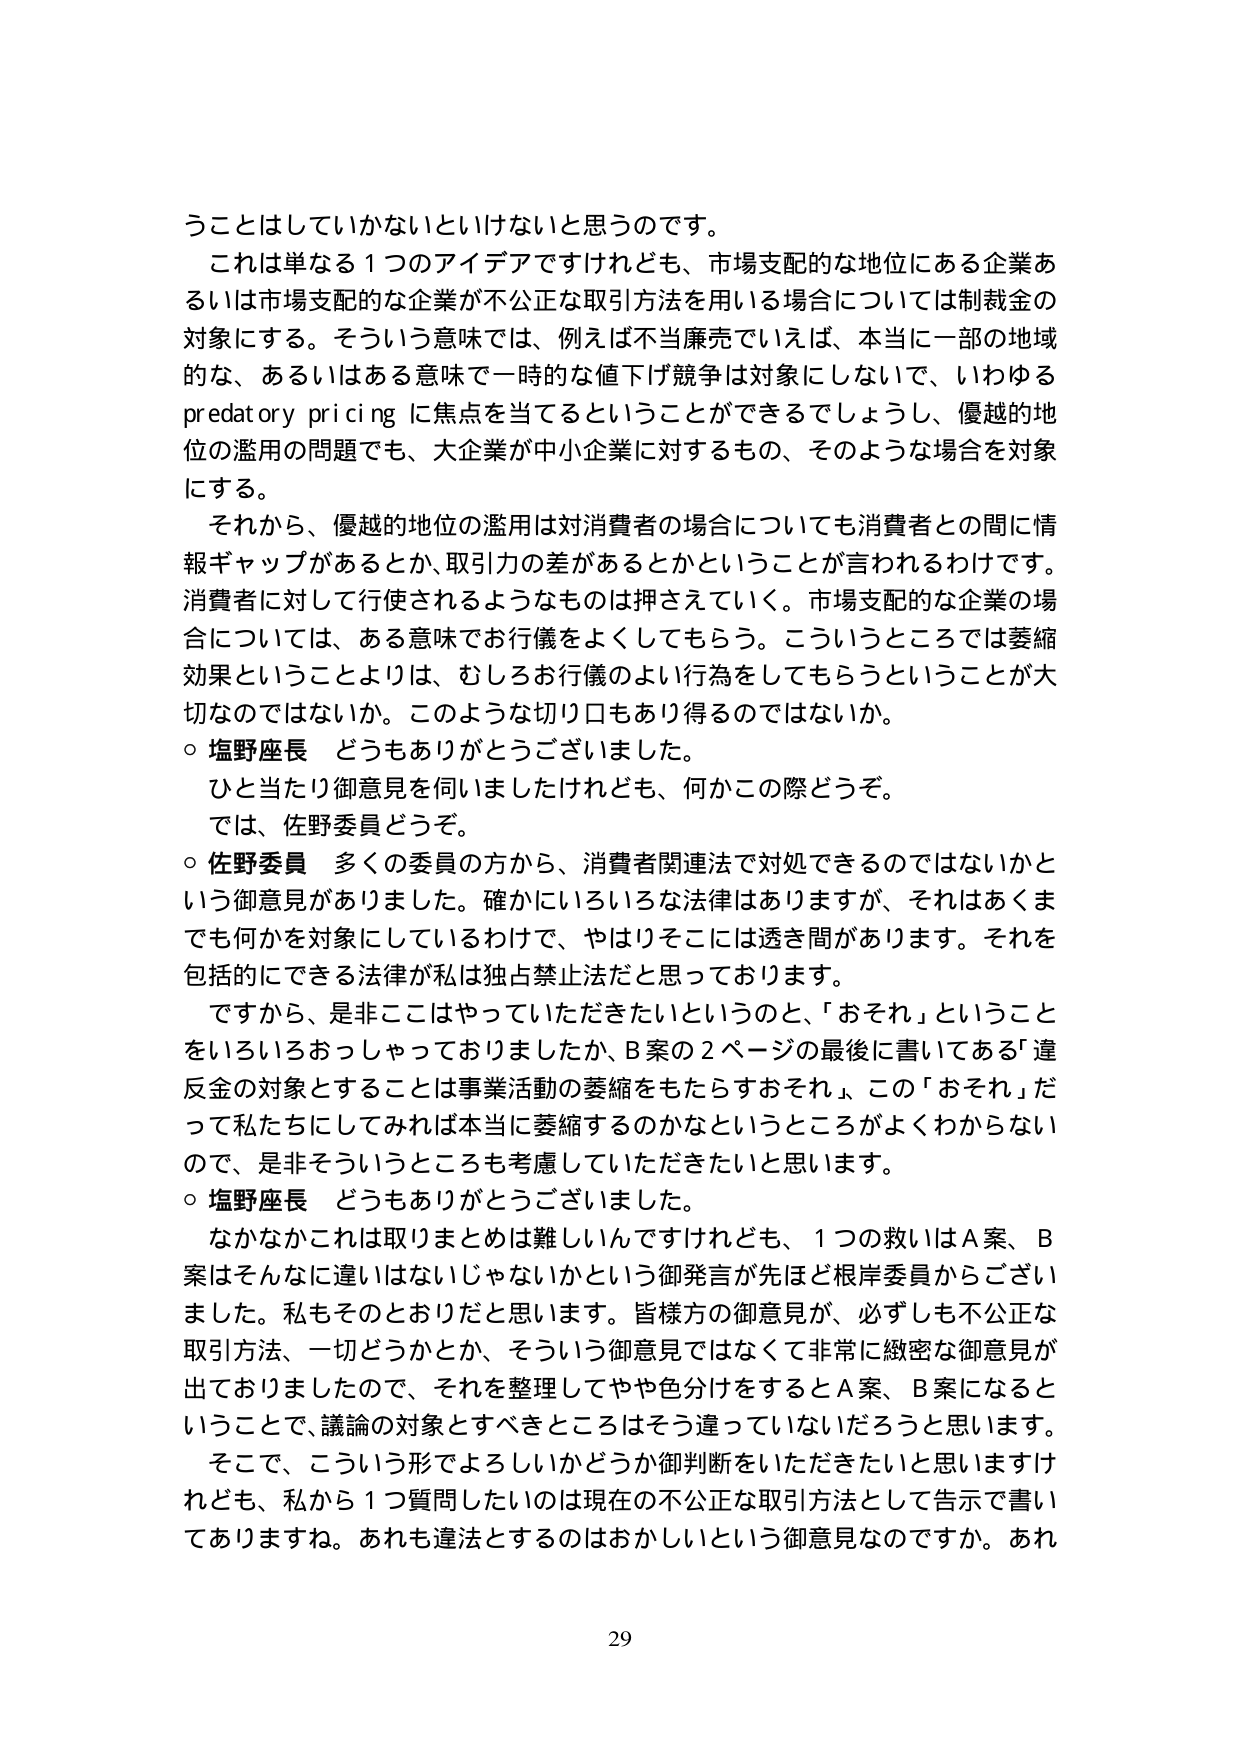
うことはしていかないといけないと思うのです。

これは単なる１つのアイデアですけれども、市場支配的な地位にある企業あるいは市場支配的な企業が不公正な取引方法を用いる場合については制裁金の対象にする。そういう意味では、例えば不当廉売でいえば、本当に一部の地域的な、あるいはある意味で一時的な値下げ競争は対象にしないで、いわゆる predatory pricing に焦点を当てるということができるでしょうし、優越的地位の濫用の問題でも、大企業が中小企業に対するもの、そのような場合を対象にする。

それから、優越的地位の濫用は対消費者の場合についても消費者との間に情報ギャップがあるとか、取引力の差があるとかということが言われるわけです。消費者に対して行使されるようなものは押さえていく。市場支配的な企業の場合については、ある意味でお行儀をよくしてもらう。こういうところでは萎縮効果ということよりは、むしろお行儀のよい行為をしてもらうということが大切なのではないか。このような切り口もあり得るのではないか。

○ 塩野座長 どうもありがとうございました。
ひと当たり御意見を伺いましたけれども、何かこの際どうぞ。
では、佐野委員どうぞ。

○ 佐野委員 多くの委員の方から、消費者関連法で対処できるのではないかという御意見がありました。確かにいろいろな法律はありますが、それはあくまでも何かを対象にしているわけで、やはりそこには透き間があります。それを包括的にできる法律が私は独占禁止法だと思っております。

ですから、是非ここはやっていただきたいというのと、「おそれ」ということをいろいろおっしゃっておりましたが、B案の２ページの最後に書いてある「違反金の対象とすることは事業活動の萎縮をもたらすおそれ」、この「おそれ」だって私たちにしてみれば本当に萎縮するのかなというところがよくわからないので、是非そういうところも考慮していただきたいと思います。

○ 塩野座長 どうもありがとうございました。

なかなかこれは取りまとめは難しいんですけれども、１つの救いはA案、B案はそんなに違いはないじゃないかという御発言が先ほど根岸委員からございました。私もそのとおりだと思います。皆様方の御意見が、必ずしも不公正な取引方法、一切どうかとか、そういう御意見ではなくて非常に緻密な御意見が出ておりましたので、それを整理してやや色分けをするとA案、B案になるということで、議論の対象とすべきところはそう違っていないだろうと思います。

そこで、こういう形でよろしいかどうか御判断をいただきたいと思いますけれども、私から１つ質問したいのは現在の不公正な取引方法として告示で書いてありますね。あれも違法とするのはおかしいという御意見なのですか。あれ

29